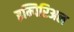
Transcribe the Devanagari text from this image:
इम्पिरिअल